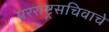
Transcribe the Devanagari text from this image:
परराष्ट्रसचिवाचे